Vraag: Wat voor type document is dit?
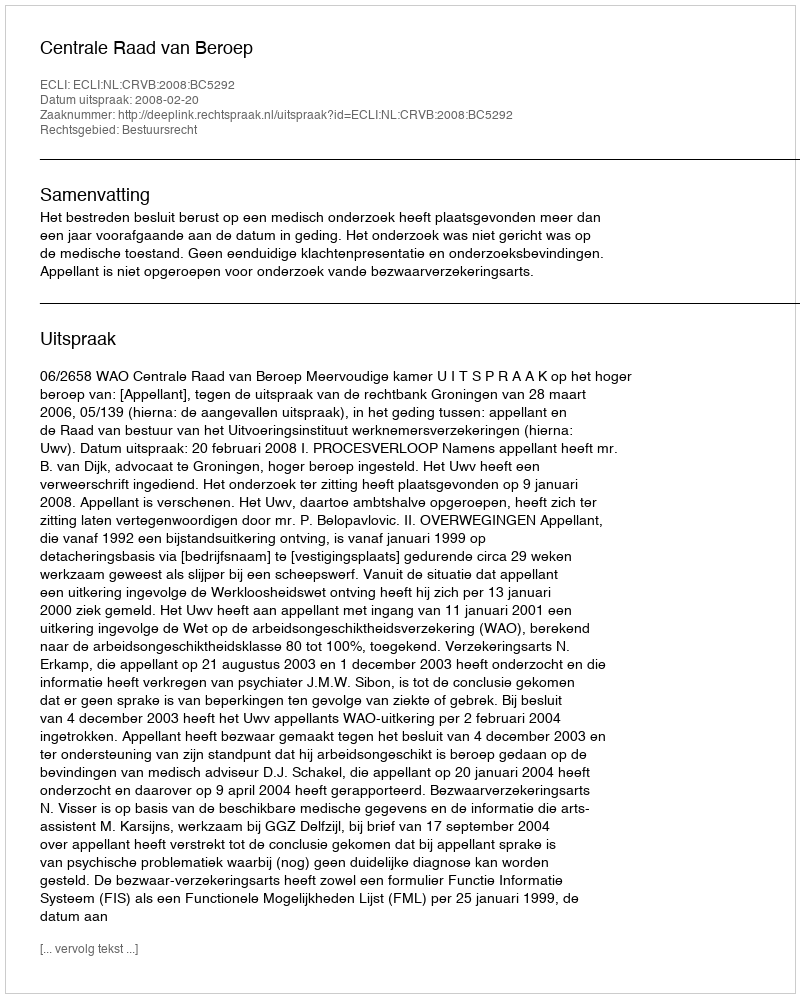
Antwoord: Uitspraak